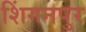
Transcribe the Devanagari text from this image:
शिंगनपुर